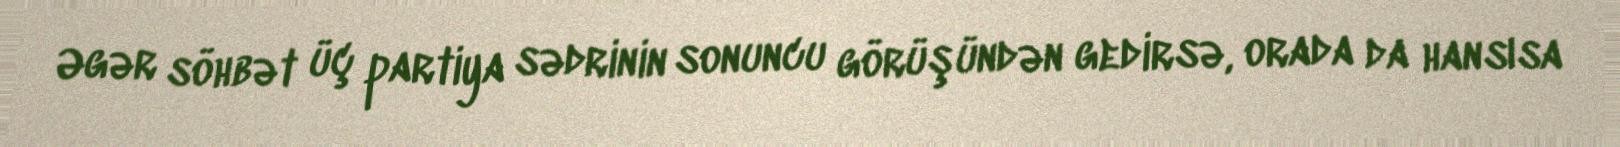
Əgər söhbət üç partiya sədrinin sonuncu görüşündən gedirsə, orada da hansısa